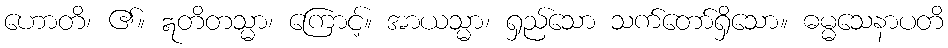
ဟောတိ၊ ၏။ ဣတိတသ္မာ၊ ကြောင့်။ အာယသ္မာ၊ ရှည်သော သက်တော်ရှိသော။ ဓမ္မသေနာပတိ